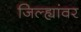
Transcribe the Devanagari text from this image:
जिल्ह्यांवर